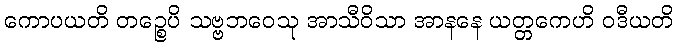
ကောပယတိ တဉ္စေပိ သဗ္ဗဘဝေသု အာသီဝိသာ အာနနေ ယတ္တကေဟိ ဝဒီယတိ